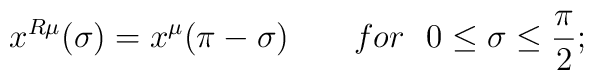
x^{R\mu}(\sigma)=x^{\mu}(\pi-\sigma)~~~~~~for~~0\leq\sigma\leq \frac{\pi}{2};